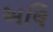
અલિ